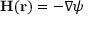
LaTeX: { \mathbf { H } } ( { \mathbf { r } } ) = - \nabla \psi